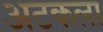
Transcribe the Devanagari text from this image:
अटकला